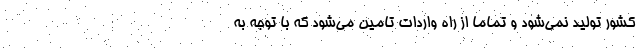
کشور تولید نمی‌شود و تماما از راه واردات تامین می‌شود که با توجه به